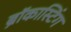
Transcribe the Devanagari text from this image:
ब्रॉकास्टिंग